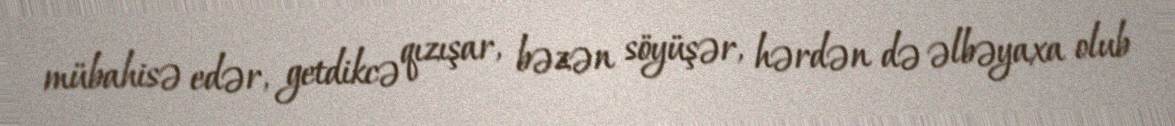
mübahisə edər, getdikcə qızışar, bəzən söyüşər, hərdən də əlbəyaxa olub